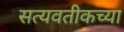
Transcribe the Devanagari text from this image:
सत्यवतीकच्या